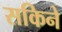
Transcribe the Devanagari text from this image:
सकिने